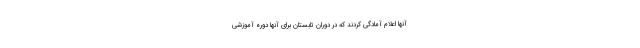
آنها اعلام آمادگی کردند که در دوران تابستان برای آنها دوره آموزشی